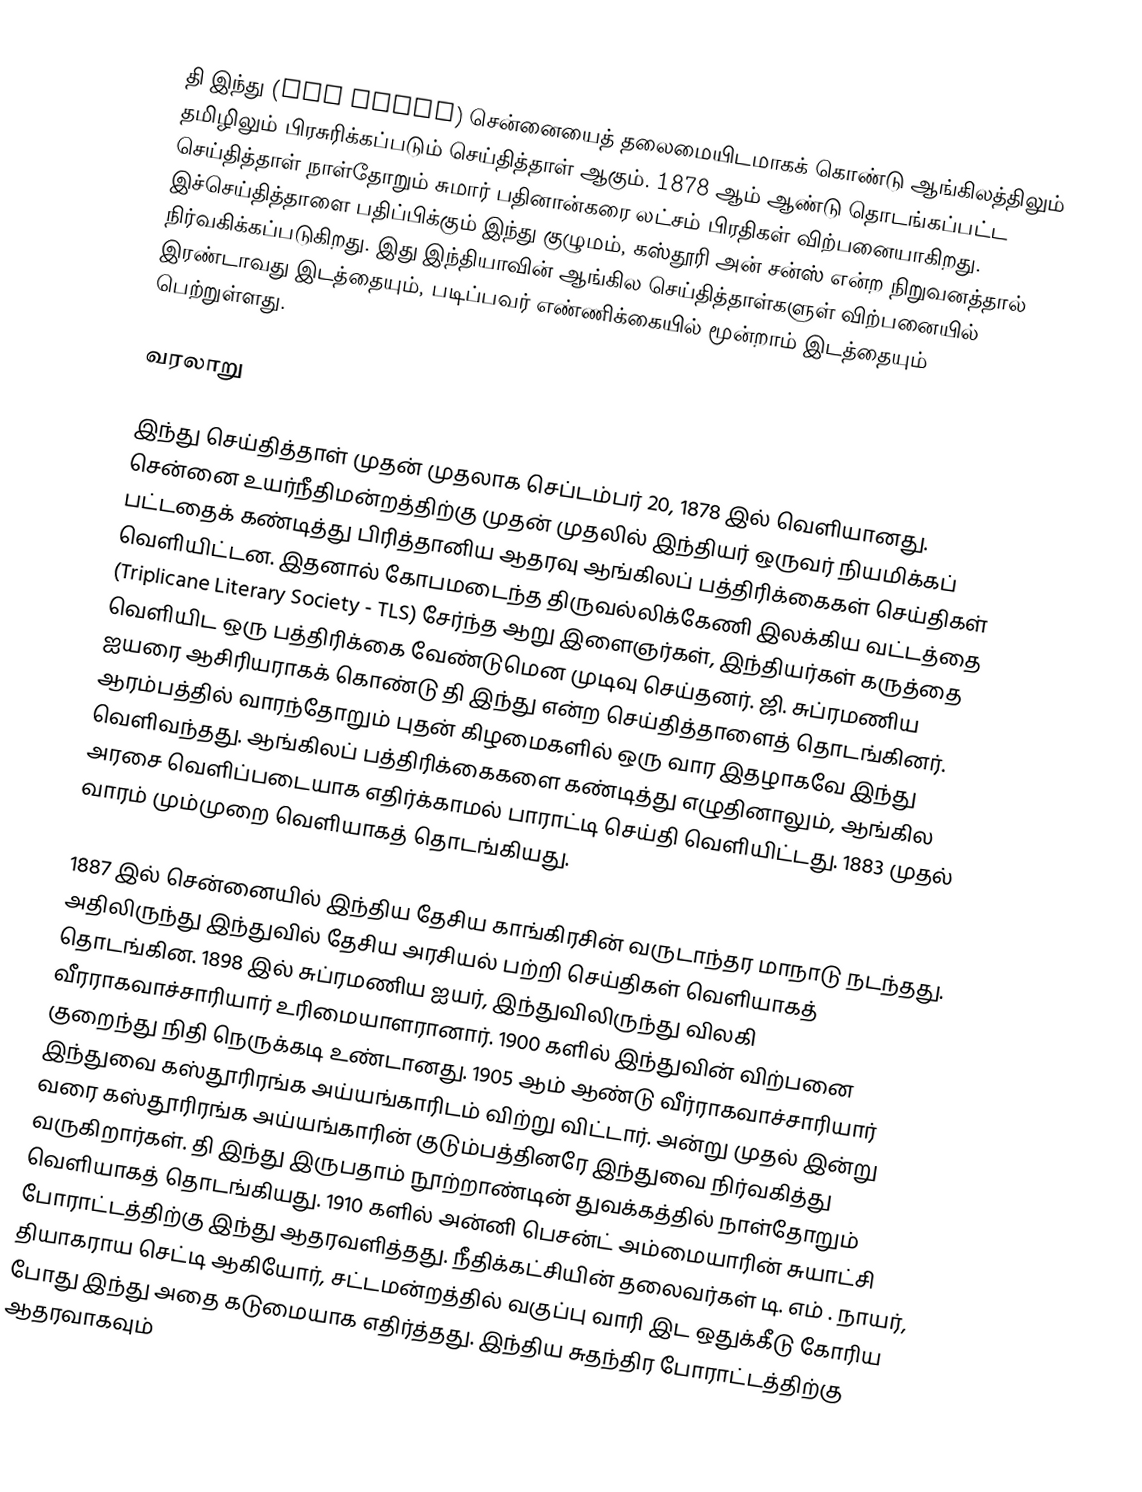
தி இந்து (The Hindu) சென்னையைத் தலைமையிடமாகக் கொண்டு ஆங்கிலத்திலும் தமிழிலும் பிரசுரிக்கப்படும் செய்தித்தாள் ஆகும். 1878 ஆம் ஆண்டு தொடங்கப்பட்ட செய்தித்தாள் நாள்தோறும் சுமார் பதினான்கரை லட்சம் பிரதிகள் விற்பனையாகிறது. இச்செய்தித்தாளை பதிப்பிக்கும் இந்து குழுமம், கஸ்தூரி அன் சன்ஸ் என்ற நிறுவனத்தால் நிர்வகிக்கப்படுகிறது. இது இந்தியாவின் ஆங்கில செய்தித்தாள்களுள் விற்பனையில் இரண்டாவது இடத்தையும், படிப்பவர் எண்ணிக்கையில் மூன்றாம் இடத்தையும் பெற்றுள்ளது.

வரலாறு

இந்து செய்தித்தாள் முதன் முதலாக செப்டம்பர் 20, 1878 இல் வெளியானது. சென்னை உயர்நீதிமன்றத்திற்கு முதன் முதலில் இந்தியர் ஒருவர் நியமிக்கப் பட்டதைக் கண்டித்து பிரித்தானிய ஆதரவு ஆங்கிலப் பத்திரிக்கைகள் செய்திகள் வெளியிட்டன. இதனால் கோபமடைந்த திருவல்லிக்கேணி இலக்கிய வட்டத்தை (Triplicane Literary Society - TLS) சேர்ந்த ஆறு இளைஞர்கள், இந்தியர்கள் கருத்தை வெளியிட ஒரு பத்திரிக்கை வேண்டுமென முடிவு செய்தனர். ஜி. சுப்ரமணிய ஐயரை ஆசிரியராகக் கொண்டு தி இந்து என்ற செய்தித்தாளைத் தொடங்கினர். ஆரம்பத்தில் வாரந்தோறும் புதன் கிழமைகளில் ஒரு வார இதழாகவே இந்து வெளிவந்தது. ஆங்கிலப் பத்திரிக்கைகளை கண்டித்து எழுதினாலும், ஆங்கில அரசை வெளிப்படையாக எதிர்க்காமல் பாராட்டி செய்தி வெளியிட்டது. 1883 முதல் வாரம் மும்முறை வெளியாகத் தொடங்கியது.

1887 இல் சென்னையில் இந்திய தேசிய காங்கிரசின் வருடாந்தர மாநாடு நடந்தது. அதிலிருந்து இந்துவில் தேசிய அரசியல் பற்றி செய்திகள் வெளியாகத் தொடங்கின. 1898 இல் சுப்ரமணிய ஐயர், இந்துவிலிருந்து விலகி வீரராகவாச்சாரியார் உரிமையாளரானார். 1900 களில் இந்துவின் விற்பனை குறைந்து நிதி நெருக்கடி உண்டானது. 1905 ஆம் ஆண்டு வீர்ராகவாச்சாரியார் இந்துவை கஸ்தூரிரங்க அய்யங்காரிடம் விற்று விட்டார். அன்று முதல் இன்று வரை கஸ்தூரிரங்க அய்யங்காரின் குடும்பத்தினரே இந்துவை நிர்வகித்து வருகிறார்கள். தி இந்து இருபதாம் நூற்றாண்டின் துவக்கத்தில் நாள்தோறும் வெளியாகத் தொடங்கியது. 1910 களில் அன்னி பெசன்ட் அம்மையாரின் சுயாட்சி போராட்டத்திற்கு இந்து ஆதரவளித்தது. நீதிக்கட்சியின் தலைவர்கள் டி. எம் . நாயர், தியாகராய செட்டி ஆகியோர், சட்டமன்றத்தில் வகுப்பு வாரி இட ஒதுக்கீடு கோரிய போது இந்து அதை கடுமையாக எதிர்த்தது. இந்திய சுதந்திர போராட்டத்திற்கு ஆதரவாகவும்